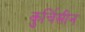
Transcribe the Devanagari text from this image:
कुर्चिसीन